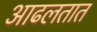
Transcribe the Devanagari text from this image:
आढलतात